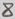
Text: 8